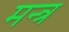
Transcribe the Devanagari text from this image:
मन्‍त्र